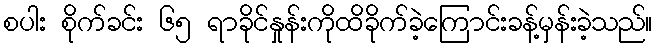
စပါး စိုက်ခင်း ၆၅ ရာခိုင်နှုန်းကိုထိခိုက်ခဲ့ကြောင်းခန့်မှန်းခဲ့သည်။